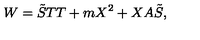
W = \tilde { S } T T + m X ^ { 2 } + X A \tilde { S } ,